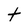
Character: t